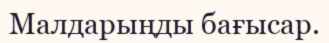
Малдарыңды бағысар.